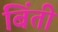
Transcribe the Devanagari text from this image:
बिंती